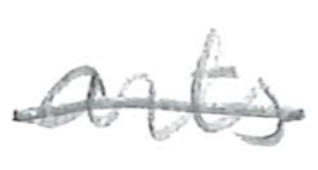
Text: arts
Cross-out: mix
Writing tool: pencil